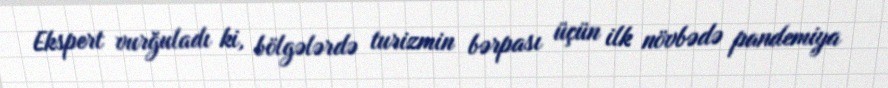
Ekspert vurğuladı ki, bölgələrdə turizmin bərpası üçün ilk növbədə pandemiya